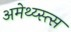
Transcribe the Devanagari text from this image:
अमेथ्य्स्त्स